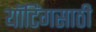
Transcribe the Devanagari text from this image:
यॉटिंगसाठी